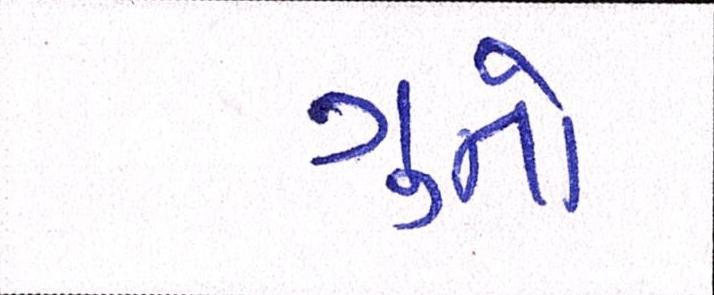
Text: ગુનો